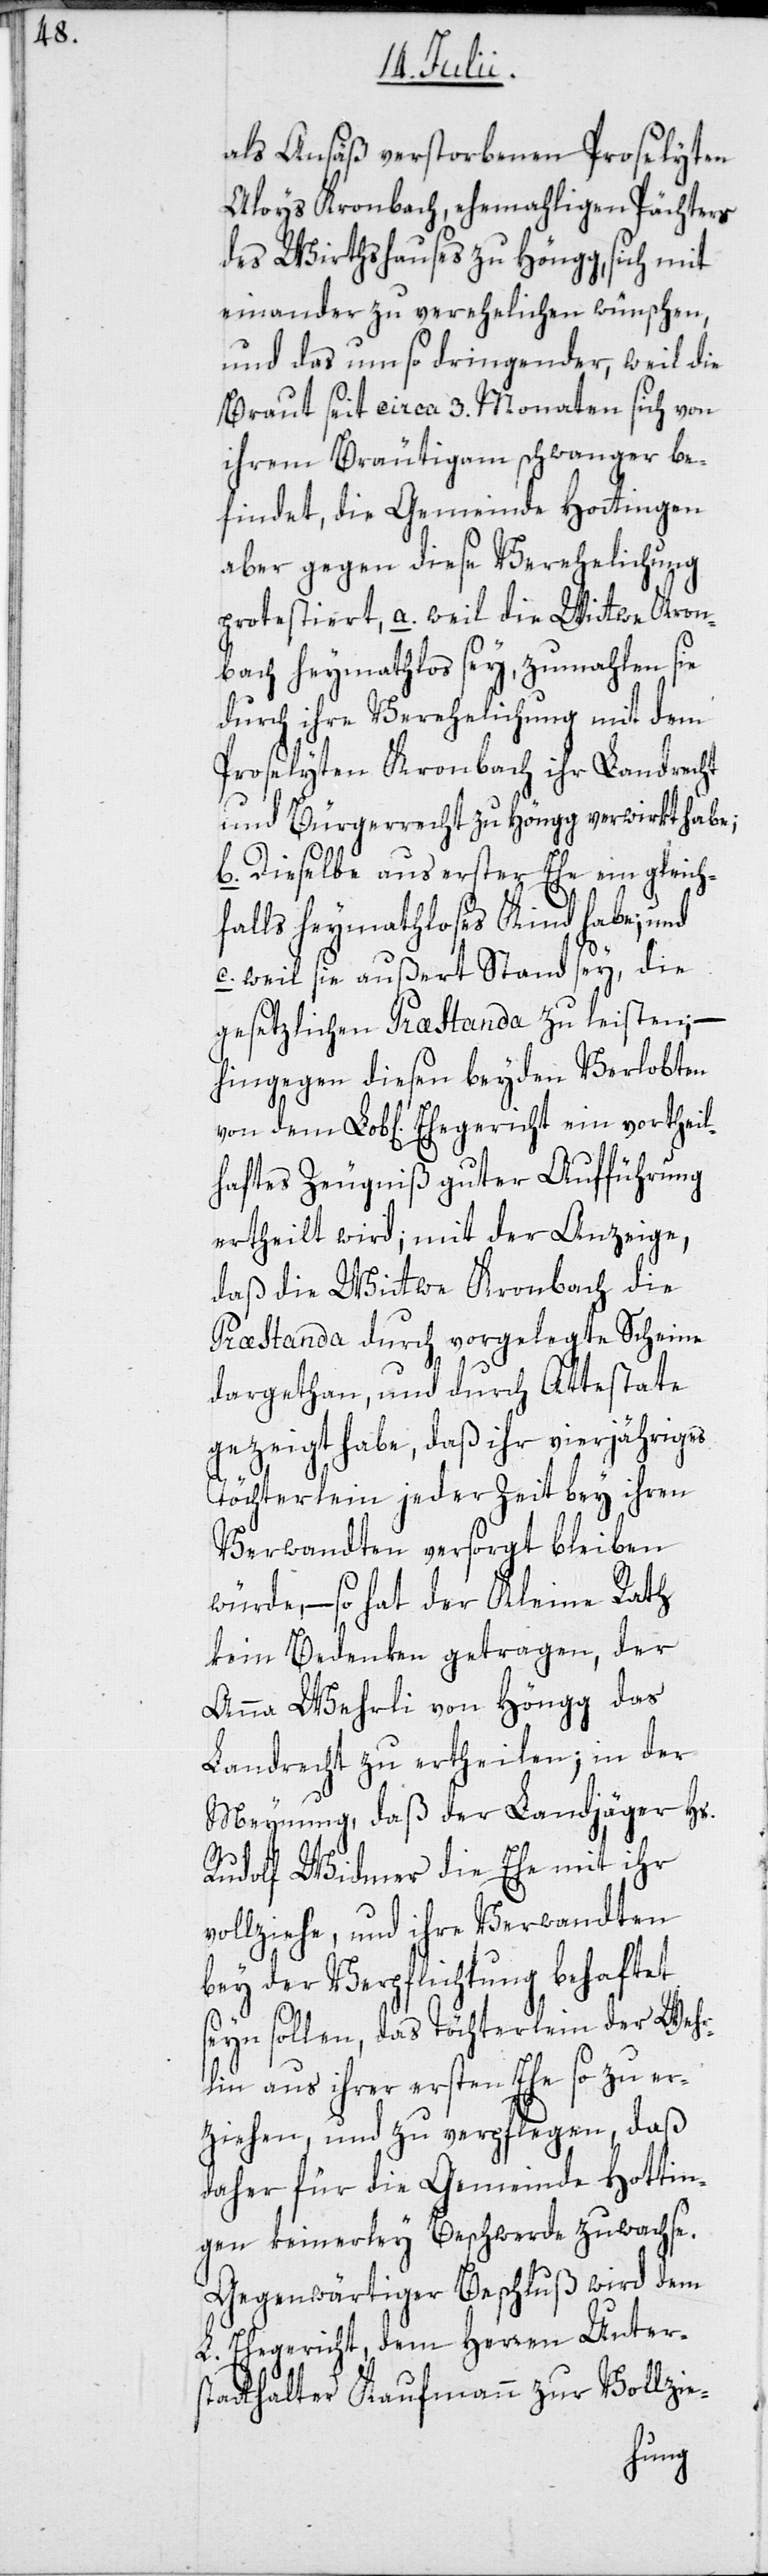
vortheil¬
als Ansäß verstorbenen Proselyten
Aloys Kronbach, ehemahligen Pächters
des Wirthshauses zu Höngg, sich mit
einander zu verehelichen wünschen,
und das um so dringender, weil die
Braut seit circa 3. Monaten sich von
ihrem Bräutigam schwanger be¬
findet, die Gemeinde Hottingen
aber gegen diese Verehelichung
protestiert, a. weil die Wittwe Kron¬
bach heymathlos sey, zumahlen sie
durch ihre Verehelichung mit dem
Proselyten Kronbach ihr Landrecht
und Bürgerrecht zu Höngg verwirkt habe;
b. Dieselbe aus erster Ehe ein gleich¬
falls heymathloses Kind habe; und
c. weil sie außert Stand sey, die
gesetzlichen Præstanda zu leisten, –
hingegen diesen beyden Verlobten
haftes Zeugniß guter Aufführung
ertheilt wird, mit der Anzeige,
daß die Wittwe Kronbach die
Præstanda durch vorgelegte Scheine
dargethan, und durch Attestate
gezeigt habe, daß ihr vierjähriges
Töchterlein jeder Zeit bey ihren
Verwandten versorgt bleiben
würde, – so hat der Kleine Rath
kein Bedenken getragen, der
Anna Wehrli von Höngg das
Landrecht zu ertheilen; in der
Meynung, daß der Landjäger Hs.
Rudolf Widmer die Ehe mit ihr
vollziehe, und ihre Verwandten
bey der Verpflichtung behaftet
seyn sollen, das Töchterlein der Wehr¬
lin aus ihrer ersten Ehe so zu er¬
ziehen und zu verpflegen, daß
daher für die Gemeinde Hottin¬
gen keinerley Beschwerde zuwachse.
Gegenwärtiger Beschluß wird dem
L. Ehegericht, dem Herren Unter¬
statthalter Kaufmann zu Vollzie-